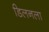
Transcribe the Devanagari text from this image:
डिलनला